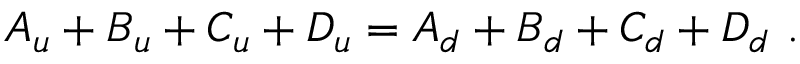
A _ { u } + B _ { u } + C _ { u } + D _ { u } = A _ { d } + B _ { d } + C _ { d } + D _ { d } ~ .